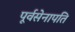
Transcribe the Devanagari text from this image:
पूर्वसेनापति